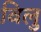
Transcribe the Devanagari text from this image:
बिलु